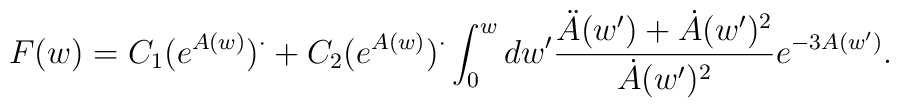
F(w) = C_1(e^{A(w)})^{\cdot} + C_2(e^{A(w)})^{\cdot} \int_0^wdw'\frac{\ddot{A}(w')+\dot{A}(w')^2}{\dot{A}(w')^2}e^{-3A(w')}.